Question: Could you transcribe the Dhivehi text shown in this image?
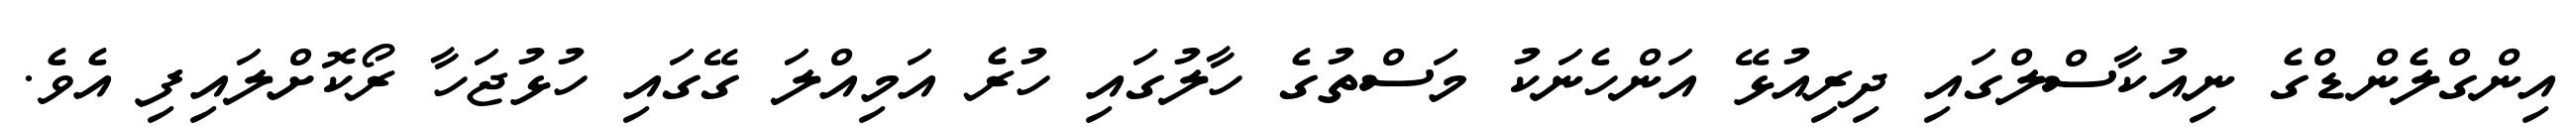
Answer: އިންގްލެންޑްގެ ނިއުކާސްލްގައި ދިރިއުޅޭ އަންހެނަކު މަސްތުގެ ހާލުގައި ހުރެ އަމިއްލަ ގޭގައި ހުޅުޖަހާ ރޯކޮށްލައިފި އެވެ.